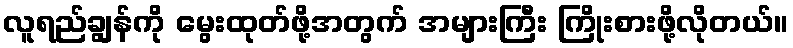
လူရည်ချွန်ကို မွေးထုတ်ဖို့အတွက် အများကြီး ကြိုးစားဖို့လိုတယ်။